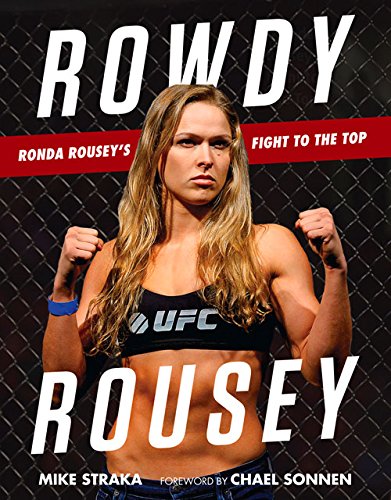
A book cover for Rowdy Rousey: Ronda Rousey's Fight to the Top; Mike Straka; Sports & Outdoors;